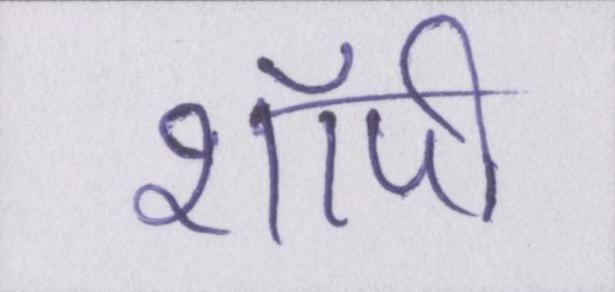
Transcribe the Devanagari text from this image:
शॉपी